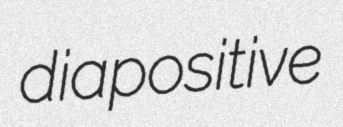
diapositive